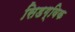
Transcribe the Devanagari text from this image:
सिडग्विक